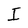
Character: I